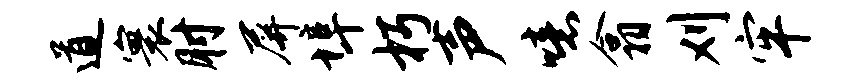
道寰肘屏埠朽声噫翕刈牢